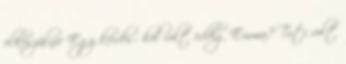
elkészülnie Egy kérdés: hol volt eddig Emma? Tuti volt